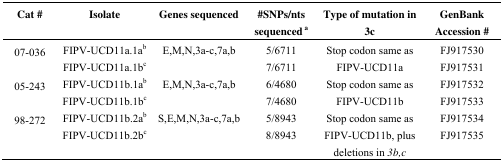
<table><thead><tr><td><b>Cat #</b></td><td><b>Isolate</b></td><td><b>Genes sequenced</b></td><td><b>#SNPs/nts sequenced<sup>a</sup></b></td><td><b>Type of mutation in 3c</b></td><td><b>GenBank Accession #</b></td></tr></thead><tbody><tr><td rowspan="2">07–036</td><td>FIPV-UCD11a.1a<sup>b</sup></td><td rowspan="2">E,M,N,3a–c,7a,b</td><td>5/6711</td><td rowspan="2">Stop codon same as FIPV-UCD11a</td><td>FJ917530</td></tr><tr><td>FIPV-UCD11a.1b<sup>c</sup></td><td>7/6711</td><td>FJ917531</td></tr><tr><td rowspan="2">05–243</td><td>FIPV-UCD11b.1a<sup>b</sup></td><td rowspan="2">E,M,N,3a–c,7a,b</td><td>6/4680</td><td rowspan="2">Stop codon same as FIPV-UCD11b</td><td>FJ917532</td></tr><tr><td>FIPV-UCD11b.1b<sup>c</sup></td><td>7/4680</td><td>FJ917533</td></tr><tr><td rowspan="2">98–272</td><td>FIPV-UCD11b.2a<sup>b</sup></td><td rowspan="2">S,E,M,N,3a–c,7a,b</td><td>5/8943</td><td rowspan="2">Stop codon same as FIPV-UCD11b, plus deletions in <i>3b,c</i></td><td>FJ917534</td></tr><tr><td>FIPV-UCD11b.2b<sup>c</sup></td><td>8/8943</td><td>FJ917535</td></tr></tbody></table>